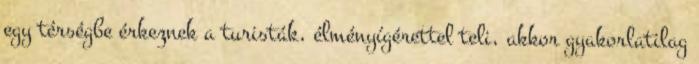
egy térségbe érkeznek a turisták, élményígérettel teli, akkor gyakorlatilag